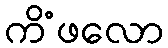
ကိံဖလော